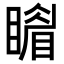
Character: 𥋎